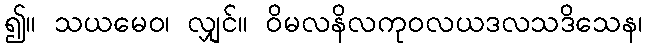
၍။ သယမေဝ၊ လျှင်။ ဝိမလနိလကုဝလယဒလသဒိသေန၊